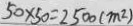
5 0 \times 5 0 = 2 5 0 0 ( m ^ { 2 } )